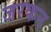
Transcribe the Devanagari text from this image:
जरकन